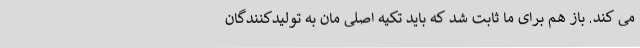
می ‌کند. باز هم برای ما ثابت شد که باید تکیه اصلی ‌مان به تولیدکنندگان